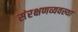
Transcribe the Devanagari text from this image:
संरक्षणव्यवस्था